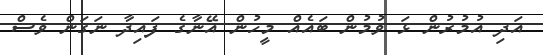
އަދި އުމުރުން ޅަ ވުމުން ބައެއް މީހުން އޭނާގެ ފައިދާ ނަގަން ވެސް